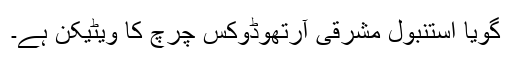
گویا استنبول مشرقی آرتھوڈوکس چرچ کا ویٹیکن ہے۔